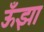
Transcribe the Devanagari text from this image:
ऊँझा